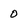
Character: 0